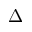
\Delta